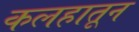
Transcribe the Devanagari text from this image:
कलहातून